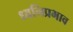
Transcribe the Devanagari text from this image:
ध्वनिप्रभाव